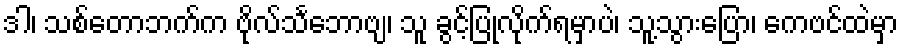
ဒါ၊ သစ်တောဘက်က ဗိုလ်သင်္ဘောဗျ၊ သူ ခွင့်ပြုလိုက်ရမှာပဲ၊ သူ့သွားပြော၊ ကေဗင်ထဲမှာ